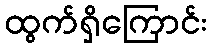
ထွက်ရှိကြောင်း